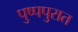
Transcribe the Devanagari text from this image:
पुष्पपुरात